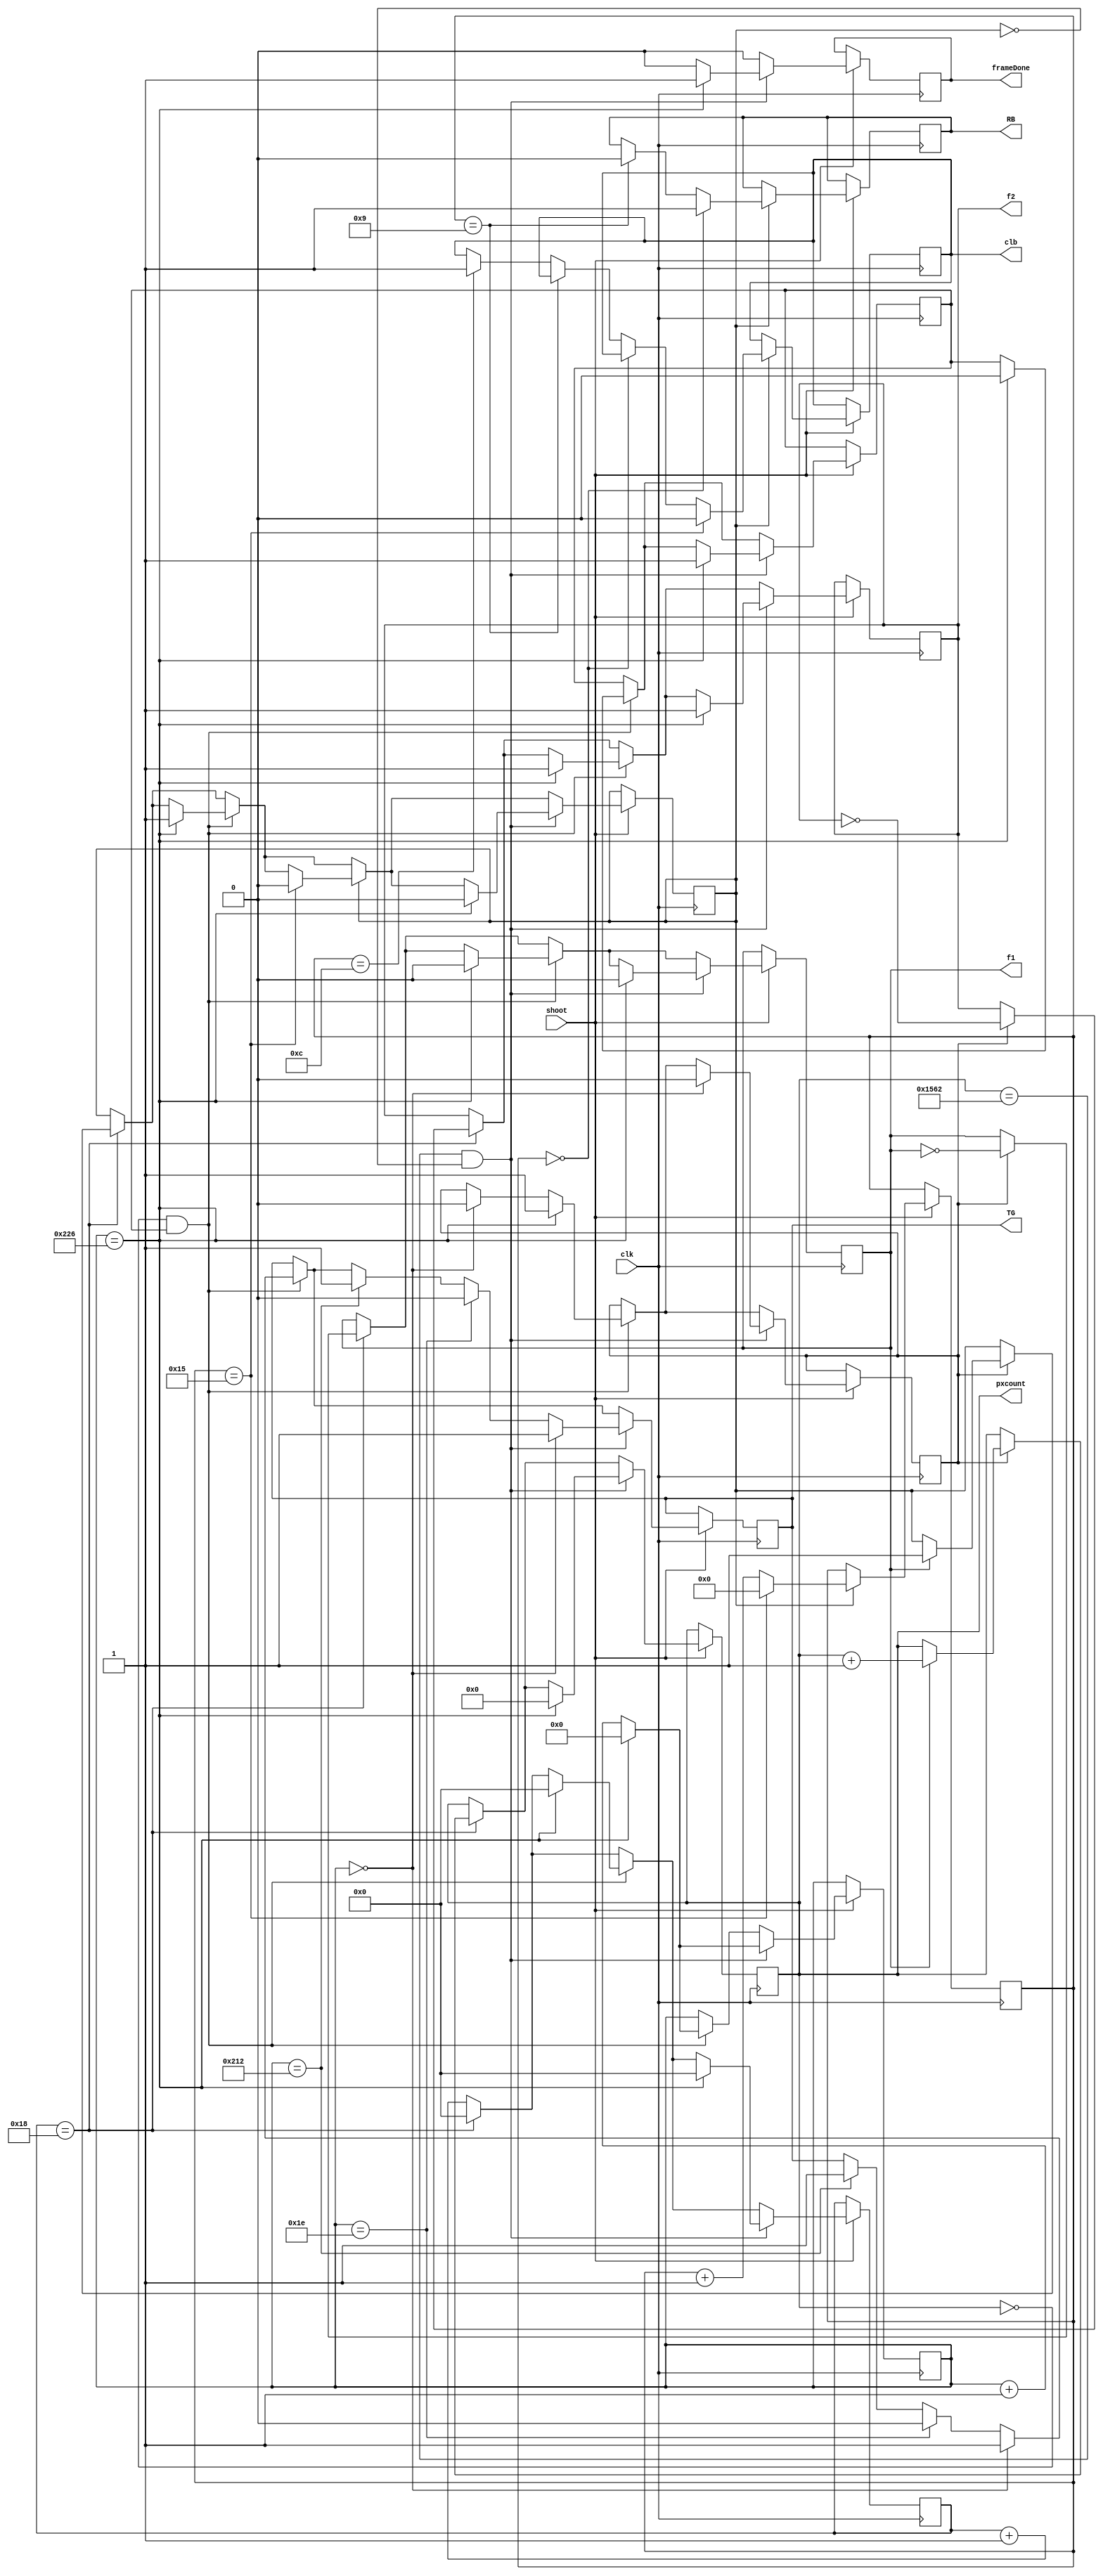
module upd8861 (clk, 
					f1, f2, 
					RB, clb, TG,
					pxcount, shoot, frameDone);		// UPD8861 linear CCD controll module

input clk;

output reg f1 = 0;
output reg f2 = 1;

output reg RB = 1;
output reg clb = 1;
output reg TG = 0;

input shoot;
output reg frameDone;

reg [5:0] counter = 0;
reg fclk = 0;

reg fen = 0;
reg RBen = 0;

reg startframe = 1;

output reg [12:0] pxcount = 5474;
reg [9:0] tgcount = 0;
reg [7:0] rbcount = 0;

/*initial begin
	f1 = 0;
	f2 = 1;
	RB = 1;
	CLB = 1;
	TG = 0;
end*/

always @(posedge clk) begin				// !!! All logic is inverted because CCD is connected through inverters !!!
	if (shoot) begin
		frameDone <= 0;				//frame in progress
		if (counter == 24) begin
			if (fen) begin		//f1 f2 oscilation and TG
				f1 <= ~f1;
				f2 <= ~f2;
		
				if (f1) begin
					RBen <= 1;
					pxcount <= pxcount + 1;
				end
			end	
	
			fclk <= ~fclk;
			counter <= 0;
		end else begin
			counter <= counter + 1;
		end
		
		if (pxcount == 0 && startframe) begin			//TG enable at the begginig of the new frame
			if (tgcount == 0) begin				//delay from the last CLB rise
				fen <= 0;
				TG <= 1;
			end else if (tgcount == 30) begin		//t12
				TG <= 0;
			end else if (tgcount == 530) begin		//t18
				TG <= 1;
			end 
			
			if (tgcount == 550) begin		//begin new frame
				counter <= 0;
				f1 <= 0;
				f2 <= 1;
				fen <= 1;
				RBen <= 1;
				tgcount <= 0;
				startframe <= 0;
			end else begin 
				tgcount <= tgcount + 1;
			end			
		end
	
	
	
		if (RBen) begin		//RB CLB oscilation
			if (rbcount == 0) begin
				RB <= 1;
			end else if (rbcount == 9) begin
				RB <= 0;
			end else if (rbcount == 12) begin
				clb <= 1;
			end
			
			if (rbcount == 21) begin
				clb <= 0;
				rbcount <= 0;
				RBen <= 0;
			end else begin
				rbcount <= rbcount + 1;
			end
		end
	
	
	
		if (pxcount == 5474 && !RBen) begin			//TG enable at the end of the frame
			if (tgcount == 0) begin				//delay from the last CLB rise
				fen <= 0;
				TG <= 1;
			end else if (tgcount == 30) begin		//t12
				TG <= 0;
			end else if (tgcount == 530) begin		//t18
				TG <= 1;
			end 
			
			if (tgcount == 550) begin		//begin new frame
				counter <= 0;
				f1 <= 0;
				f2 <= 1;
//				fen <= 1;
				RBen <= 0;
				tgcount <= 0;
				pxcount <= 0;
				frameDone <= 1;
				startframe <= 1;
			end else begin 
				tgcount <= tgcount + 1;
			end			
		end
	end
end

endmodule